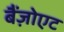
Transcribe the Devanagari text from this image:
बैंज़ोएट